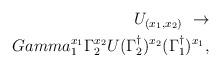
LaTeX: \begin{align*}U_{(x_1,x_2)} \ \rightarrow \\Gamma_1^{x_1}\Gamma_2^{x_2}U(\Gamma_2^\dag)^{x_2}(\Gamma_1^\dag)^{x_1},\end{align*}